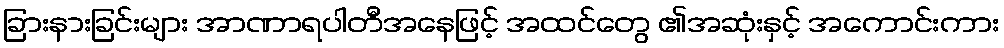
ခြားနားခြင်းများ အာဏာရပါတီအနေဖြင့် အထင်တွေ ၏အဆုံးနှင့် အကောင်းကား